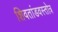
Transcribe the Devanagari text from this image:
शिवतांडवस्तोत्र